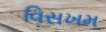
વિસખમ